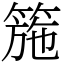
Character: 箷